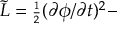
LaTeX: { \tilde { { \cal L } } } = { \scriptstyle \frac { 1 } { 2 } } ( \partial \phi / \partial t ) ^ { 2 } -